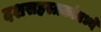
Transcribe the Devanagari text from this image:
दशसहस्त्रकांमध्ये